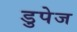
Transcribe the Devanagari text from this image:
डुपेज